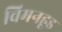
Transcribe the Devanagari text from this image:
विमनहूड